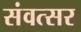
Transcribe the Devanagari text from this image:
संवत्‍सर